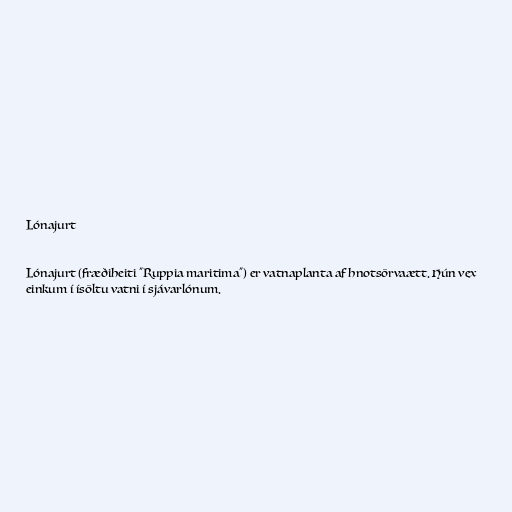
Lónajurt

Lónajurt (fræðiheiti "Ruppia maritima") er vatnaplanta af hnotsörvaætt. Hún vex
einkum í ísöltu vatni í sjávarlónum.